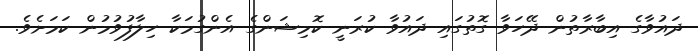
ދައުވާގެ އިބާރާތުން ދޭހަވާ ގޮތުގައި ދައުވާ ކުރަނީ ކޮމިޝަންގެ އެންގުމަކާ ހިލާފުވުމުން ކަމަށެވެ.